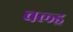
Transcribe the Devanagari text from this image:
वल्ड्र